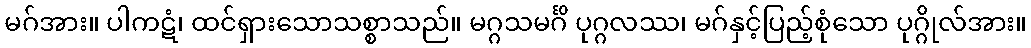
မဂ်အား။ ပါကဋံ၊ ထင်ရှားသောသစ္စာသည်။ မဂ္ဂသမင်္ဂိ ပုဂ္ဂလဿ၊ မဂ်နှင့်ပြည့်စုံသော ပုဂ္ဂိုလ်အား။